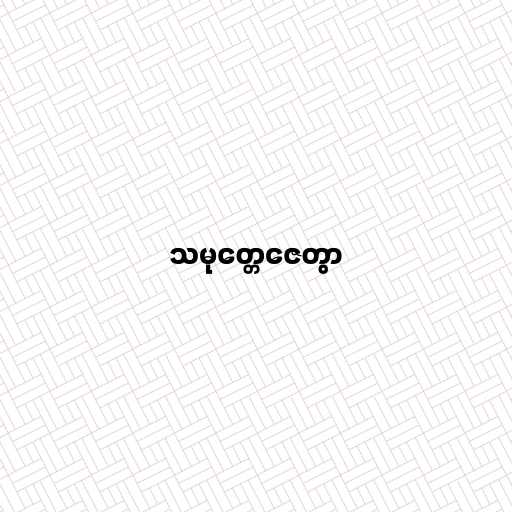
သမုတ္တေဇေတွာ